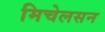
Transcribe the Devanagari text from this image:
मिचेलसन